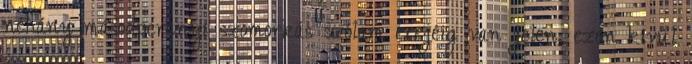
néhány másodpercnyi szomorkás szólam erejéig van jelen, ezen kívül